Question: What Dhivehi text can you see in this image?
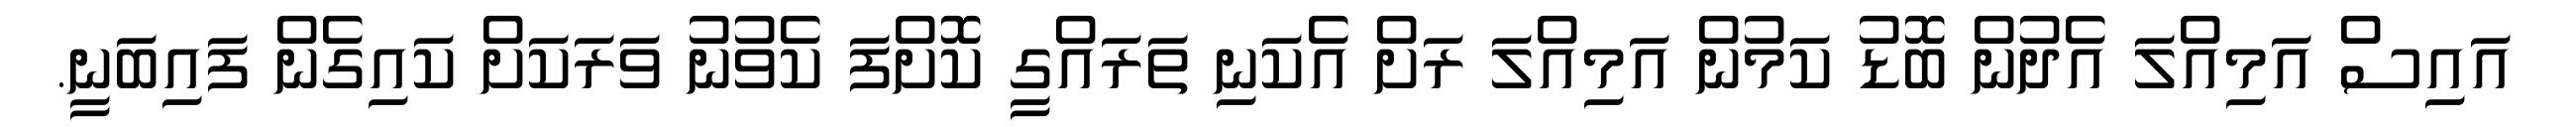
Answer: އައިސް އަމިއްލަ އެދުން ބޮޑު ކަމުން އަމިއްލަ ރަށް އެކަނި ތަރައްގީ ކޮށްފަ ކެވުނު ވަރަކަށް ކައިގެން ފައިބަނީ.